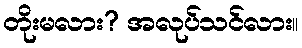
တိုးမလား? အလုပ်သင်လား။